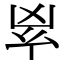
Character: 𠂳